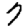
Digit: 7